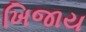
ખિજાય